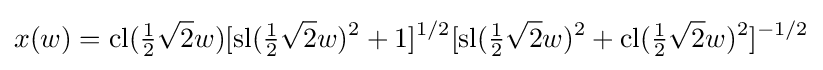
x(w)=\operatorname {cl} ({\tfrac {1}{2}}{\sqrt {2}}w)[\operatorname {sl} ({\tfrac {1}{2}}{\sqrt {2}}w)^{2}+1]^{1/2}[\operatorname {sl} ({\tfrac {1}{2}}{\sqrt {2}}w)^{2}+\operatorname {cl} ({\tfrac {1}{2}}{\sqrt {2}}w)^{2}]^{-1/2}